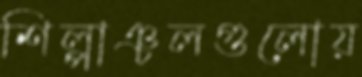
শিল্পাঞ্চলগুলোয়